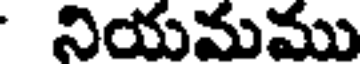
నియమము